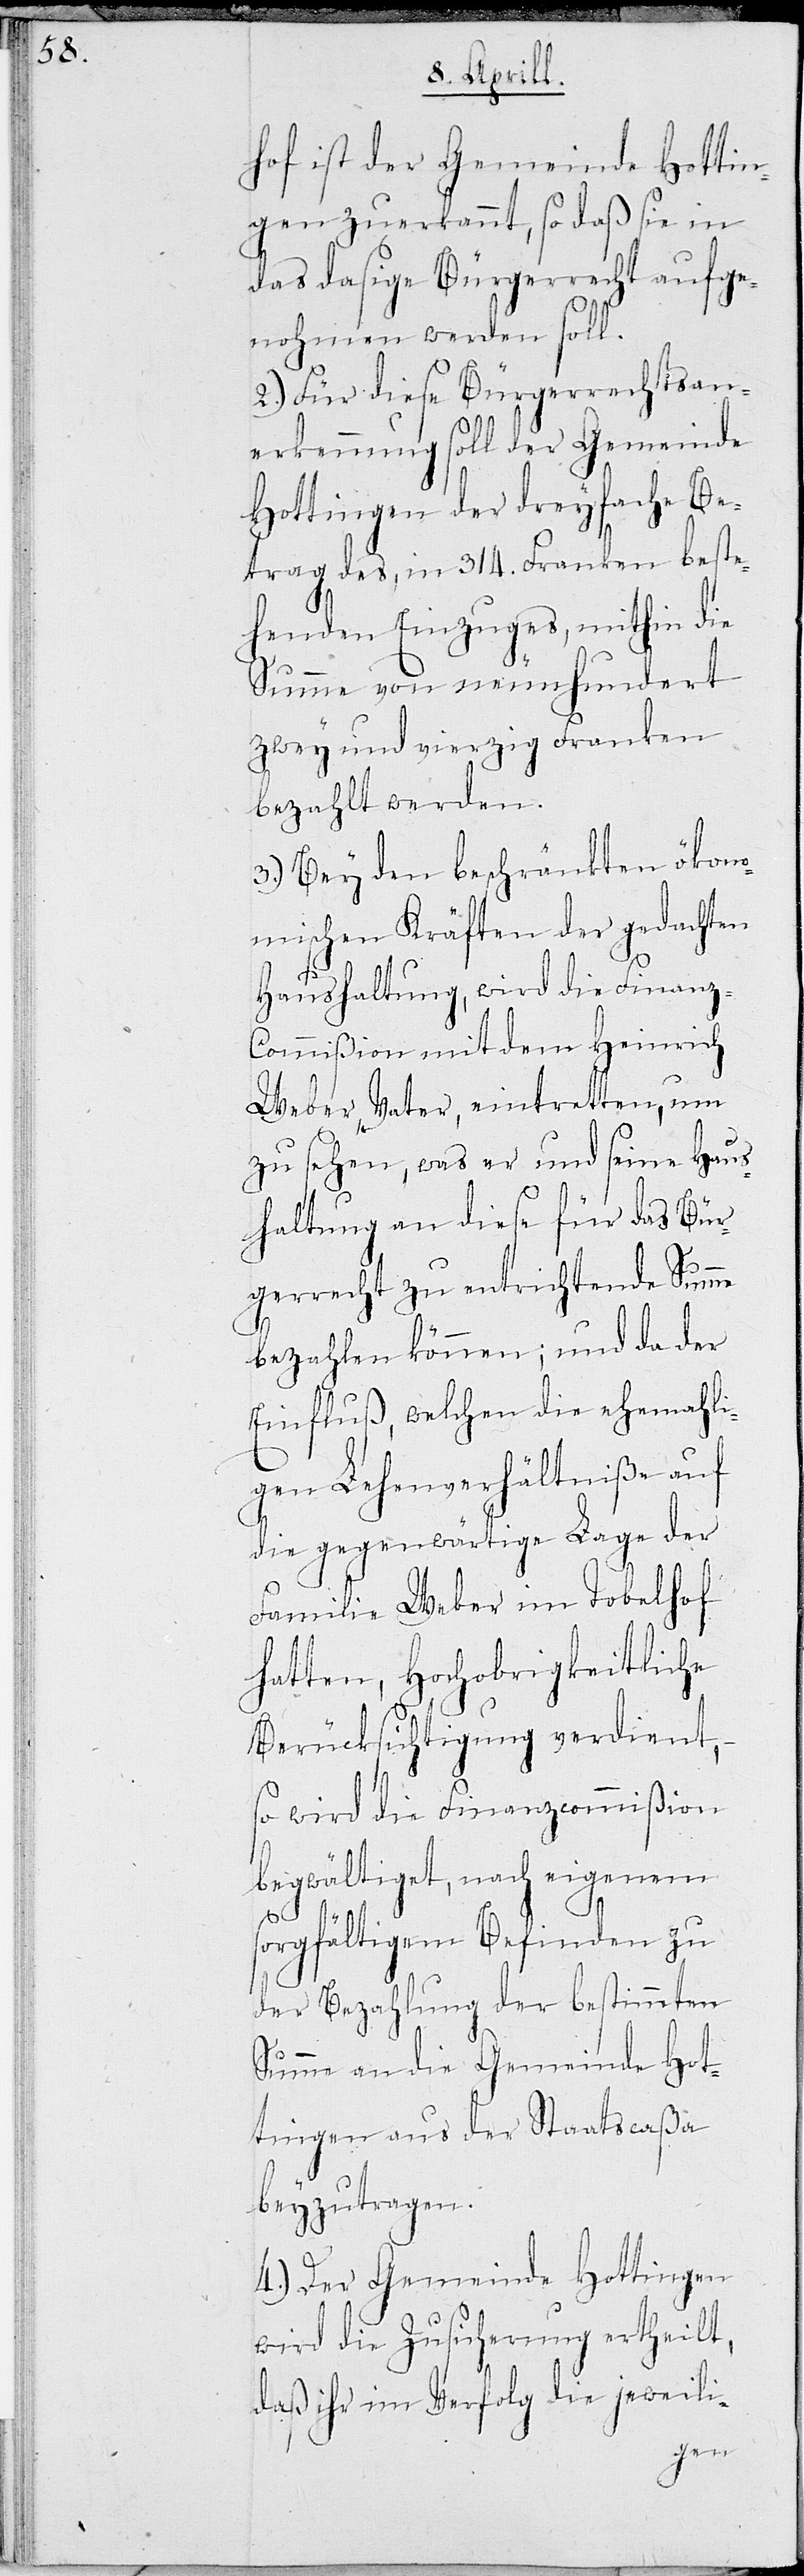
hof ist der Gemeinde Hottin¬
gen zuerkannt, so daß sie in
das dasige Bürgerrecht aufge¬
nohmen werden soll.
2.) Für diese Bürgerrechtsan¬
erkennung soll der Gemeinde
Hottingen der dreyfache Be¬
trag des, in 314. Franken beste¬
henden Einzuges, mithin die
Summe von neunhundert
zwey und vierzig Franken
bezahlt werden.
3.) Bey den beschränkten ökono¬
mischen Kräften der gedachten
Haushaltung, wird die Finanz-C¬
ommißion mit dem Heinrich
Weber, Vater, eintretten, um
zu sehen, was er und seine Haus¬
haltung an diese für das Bür¬
gerrecht zu entrichtende Summe
bezahlen können; und da der
Einfluß, welchen die ehemali¬
gen Lehenverhältniße auf
die gegenwärtige Lage der
Familie Weber im Tobelhof
hatten, Hochobrigkeitliche
Berücksichtigung verdient,
so wird die Finanzcommißion
begwältiget, nach eigenem
sorgfältigem Befinden zu
der Bezahlung der bestimmten
Summe an die Gemeinde Hot¬
tingen aus der Staatscaßa
beyzutragen.
4.) Der Gemeinde Hottingen
wird die Zusicherung ertheilt,
daß ihr im Verfolg die jeweili-